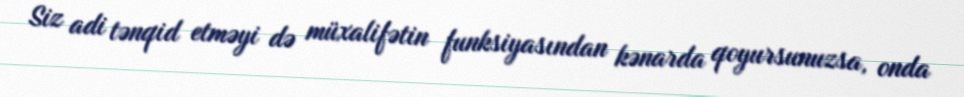
Siz adi tənqid etməyi də müxalifətin funksiyasından kənarda qoyursunuzsa, onda